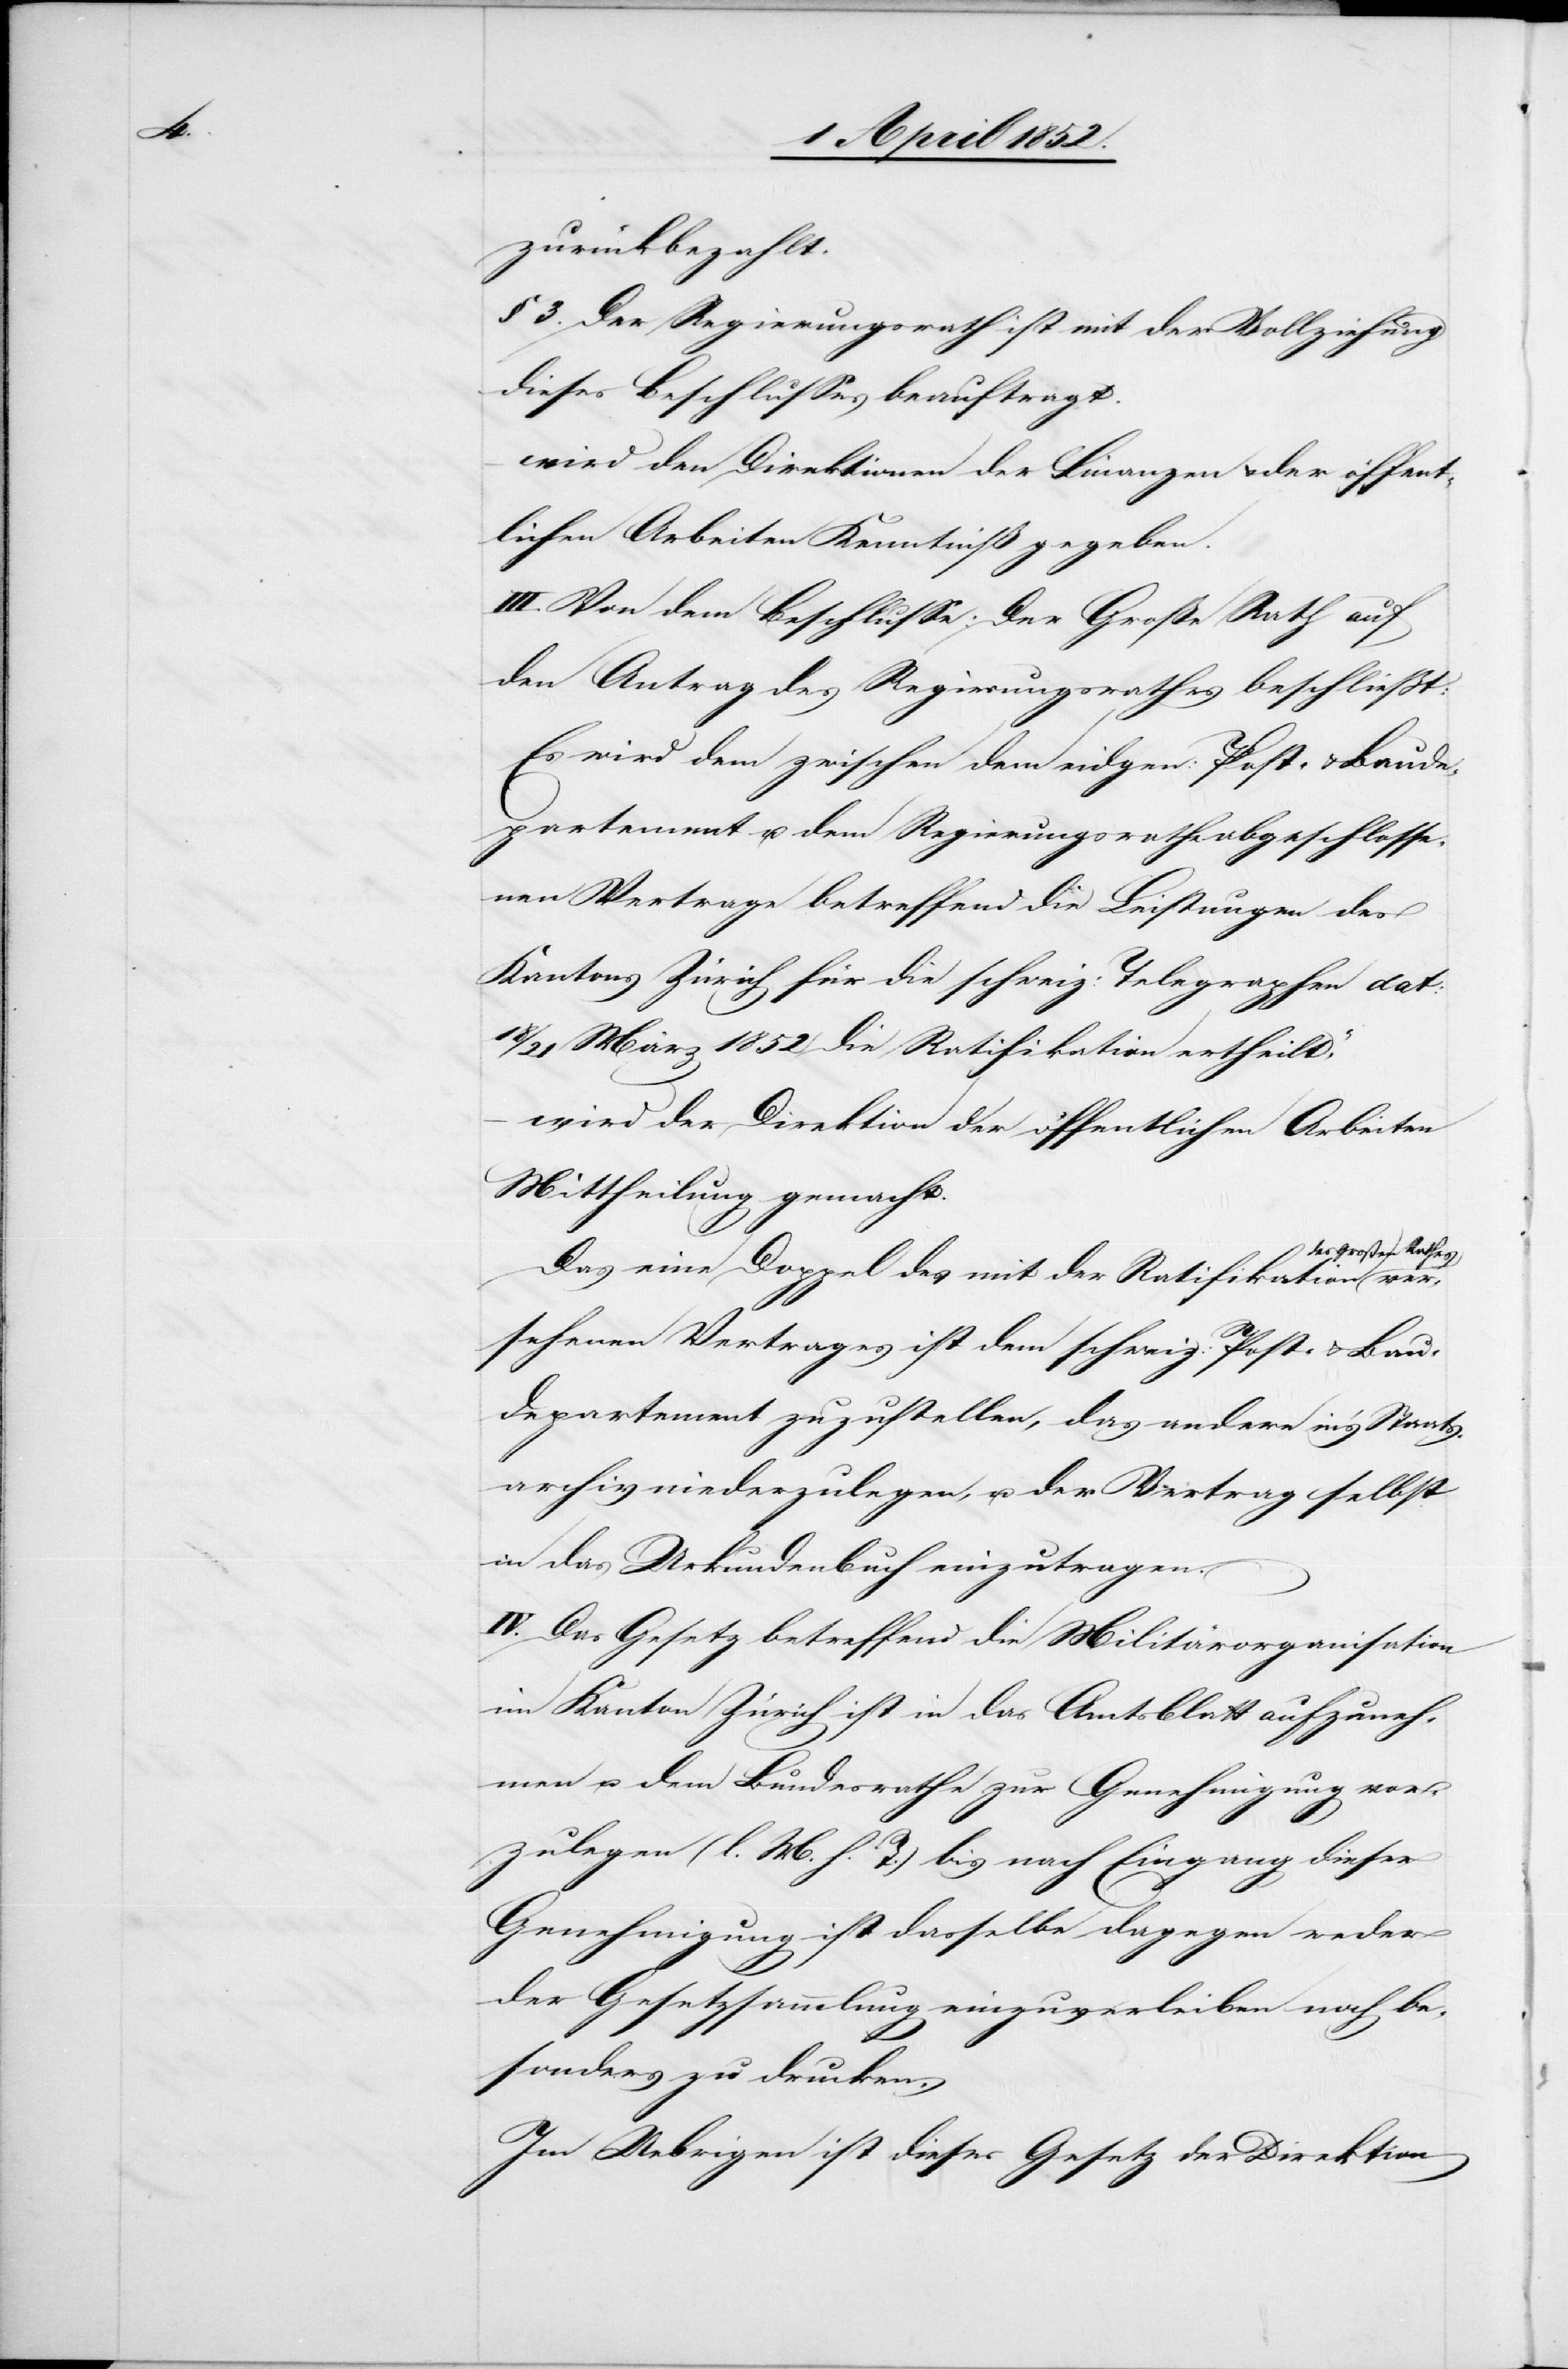
zurückbezahlt.
§ 3. Der Regierungsrath ist mit der Vollziehung
dieses Beschlusses beauftragt.
wird den Direktionen der Finanzen & der öffent¬
lichen Arbeiten Kenntniß gegeben.
III. Von dem Beschlusse: [„]Der Große Rath auf
den Antrag des Regierungsrathes beschliesst:
Es wird dem zwischen dem eidgen: Post- & Baude¬
partement u. dem Regierungsrathe abgeschlosse¬
nen Vertrage betreffend die Leistungen des
Kantons Zürich für die schweiz: Telegraphen dat:
21 März 1852 die Ratifikation ertheilt,“
wird der Direktion der öffentlichen Arbeiten
Mittheilung gemacht.
es Großen Rathes
Das eine Doppel des mit der Ratifikation d¬
versehenen Vertrages ist dem schweiz: Post- & Bau¬
departement zuzustellen, das andere in’s Staats¬
archiv niederzulegen, u. der Vertrag selbst
in das Urkundenbuch einzutragen.
IV. Das Gesetz betreffend die Militärorganisation
im Kanton Zürich ist in das Amtsblatt aufzuneh¬
men u. dem Bundesrathe zur Genehmigung vor¬
zulegen (l. M. h. T.) bis nach Eingang dieser
Genehmigung ist dasselbe dagegen weder
der Gesetzsammlung einzuverleiben noch be¬
sonders zu drucken.
Im Uebrigen ist dieses Gesetz der Direktion